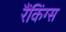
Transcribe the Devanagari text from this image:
रैंकिंग्स